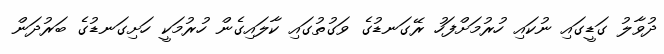
ދުވާލު ގަޑީގައި ނުކައި ހުރުމަށްފަހު ރޭގަނޑުގެ ވަގުތުގައި ކާލައިގެން ހުރުމަކީ ހަށިގަނޑުގެ ބަރުދަން